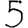
Digit: 5